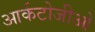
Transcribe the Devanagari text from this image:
आर्कटोजीओ